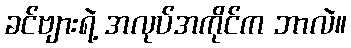
ခင်ဗျားရဲ့ အလုပ်အကိုင်က ဘာလဲ။